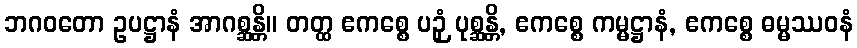
ဘဂဝတော ဥပဋ္ဌာနံ အာဂစ္ဆန္တိ။ တတ္ထ ဧကစ္စေ ပဉှံ ပုစ္ဆန္တိ, ဧကစ္စေ ကမ္မဋ္ဌာနံ, ဧကစ္စေ ဓမ္မဿဝနံ